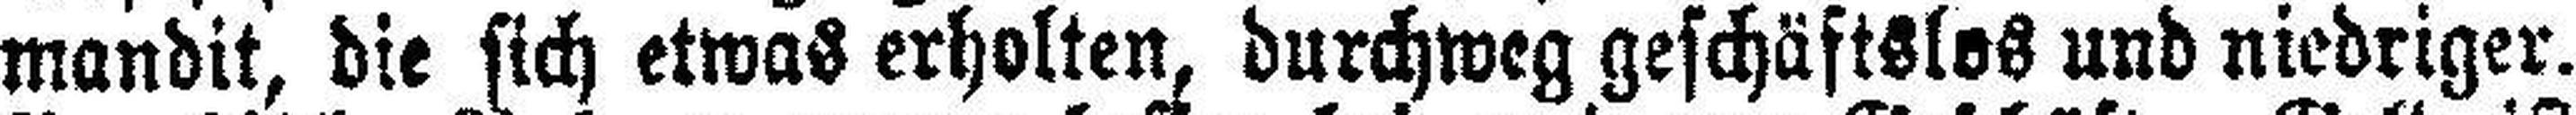
mandit, die sich etwas erholten, durchweg gefchäftslos und niedriger.